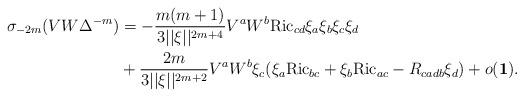
LaTeX: \begin{align*}\begin{aligned}\sigma _{-2m}(VW\Delta ^{-m})&=-\frac{m(m+1)}{3||\xi ||^{2m+4}} V^{a}W^{b}\mathrm{Ric}_{cd}\xi _{a}\xi _{b}\xi _{c}\xi _{d}\\&+\frac{2m}{3||\xi ||^{2m+2}}V^{a}W^{b}\xi _{c}(\xi _{a}\mathrm{Ric}_{bc}+\xi _{b}\mathrm{Ric}_{ac}-R_{cadb}\xi _{d})+o(\mathbf{1}).\end{aligned}\end{align*}